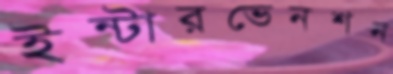
ইন্টারভেনশন